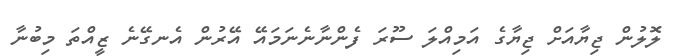
ލޮލުން ޖިޔާއަށް ޖިޔާގެ އަމިއްލަ ސޫރަ ފެންނާނެނަމައޭ އޭރުން އެނގޭނެ ޒީއްތަ މިބުނާ